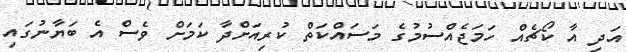
އަދި އާ ކޯޗެއް ހަމަޖެއްސުމުގެ މަސައްކަތް ކުރިއަށްދާ ކަމަށް ވެސް އެ ބަޔާނުގައި